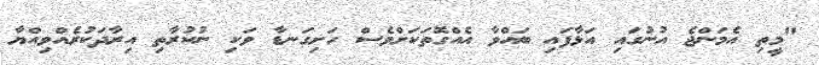
"މީތި އެމަންޖެ އުނުގައި އަޅާފައި ބައްވާ އެއްގޮތަކަށްވެސް ހަށިގަނޑާ ވަކި ނުކުރާތި އިރާދަކުރެއްވިއްޔާ